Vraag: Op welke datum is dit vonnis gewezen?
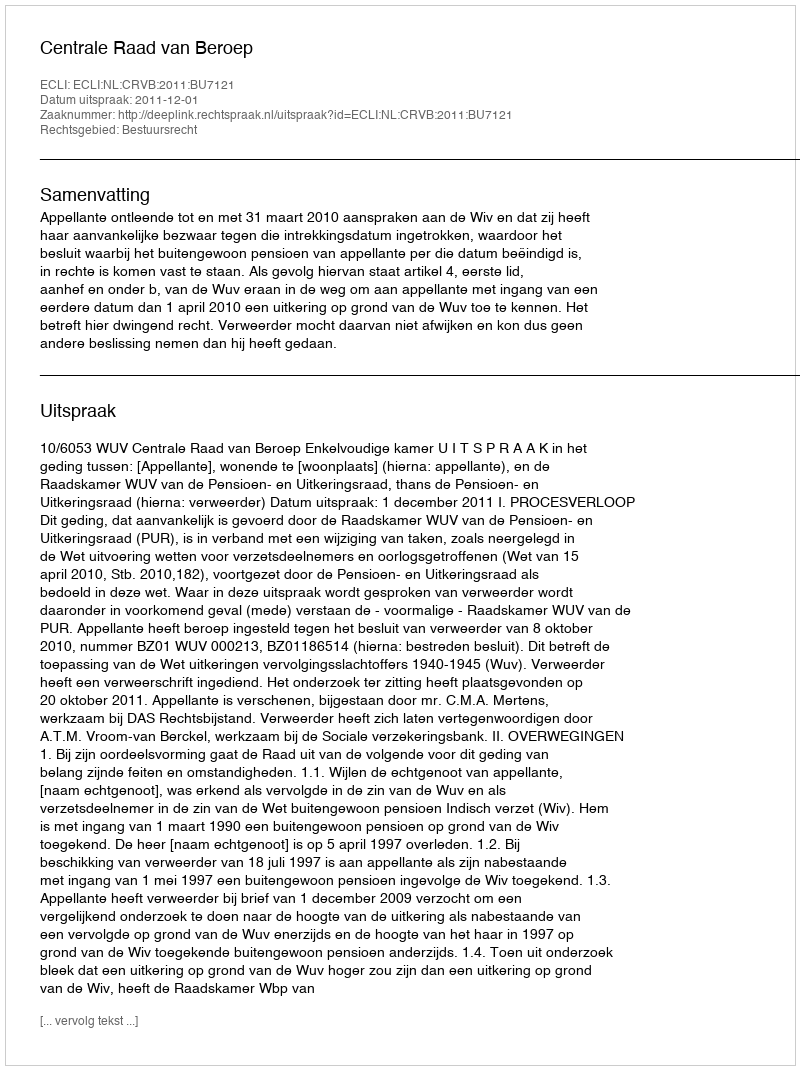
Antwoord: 2011-12-01